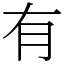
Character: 有